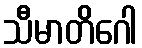
သီမာတိဂေါ